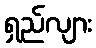
ရှည်လျား